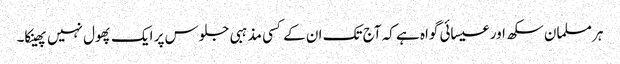
ہر مسلمان سکھ اور عیسائی گواہ ہے کہ آج تک ان کے کسی مذہبی جلوس پر ایک پھول نہیں پھینکا۔